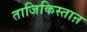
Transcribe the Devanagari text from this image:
ताजिकिस्ताऩ